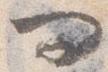
問